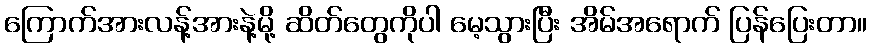
ကြောက်အားလန့်အားနဲ့မို့ ဆိတ်တွေကိုပါ မေ့သွားပြီး အိမ်အရောက် ပြန်ပြေးတာ။